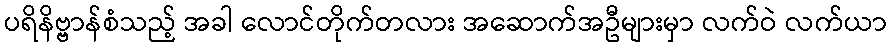
ပရိနိဗ္ဗာန်စံသည့် အခါ လောင်တိုက်တလား အဆောက်အဦများမှာ လက်ဝဲ လက်ယာ